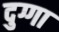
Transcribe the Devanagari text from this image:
दुग्गा